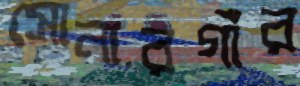
সোনারগাঁর